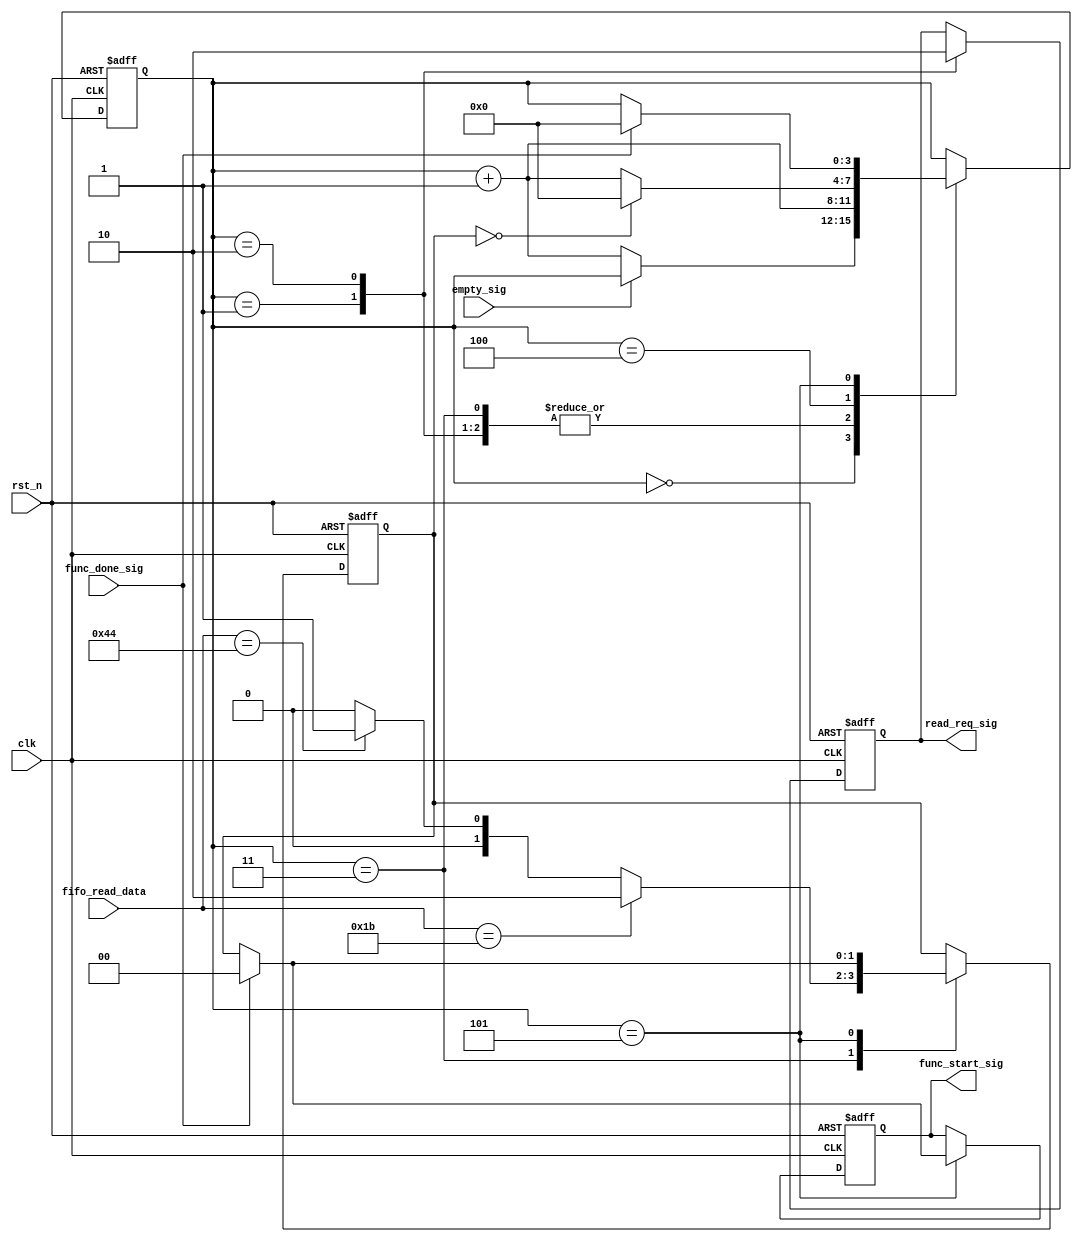
module beep_control_module(
    clk,
    rst_n,
    fifo_read_data,
    empty_sig,
    read_req_sig,
    func_done_sig,
    func_start_sig
    );
    
    input           clk;
    input           rst_n;
    
    input   [7:0]   fifo_read_data;
    
    input           empty_sig;
    output          read_req_sig;
    
    input           func_done_sig;
    output  [1:0]   func_start_sig;

    /**************************************/
    
    reg read_req;
    reg [1:0] func_start; //[1]S [0]O
    
    reg [3:0]i;
    reg [1:0]cmd;
    
    always @(posedge clk or negedge rst_n) begin
        if (!rst_n) begin
            i <= 4'd0;
            read_req <= 1'b0;
            func_start <= 2'b00;
            cmd <= 2'b00;
        end
        else
        
            case(i)
                
                0: //FIFO
                if (!empty_sig)
                    i <= i + 1'b1;
                    
                1: //FIFO
                begin
                    i <= i + 1'b1;
                    read_req <= 1'b1;
                end
                
                2:
                begin
                    i <= i + 1'b1;
                    read_req <= 1'b0;
                end
                
                3:
                begin
                    if (fifo_read_data == 8'h1B)
                        cmd <= 2'b10; //S
                    else if(fifo_read_data == 8'h44)
                        cmd <= 2'b01; //O
                    else
                        cmd <= 2'b00;
                        
                    i <= i + 1'b1;
                end
                
                4:
                if (cmd == 2'b00)
                    i <= 4'd0;
                else
                    i <= i + 1'b1;
                    
                5:
                if (func_done_sig) begin
                    i <= 4'd0;
                    cmd <= 2'b00;
                    func_start <= 2'b00;
                end
                else
                    func_start <= cmd;

            endcase
    end
    
    assign read_req_sig = read_req;
    assign func_start_sig = func_start;
    
endmodule